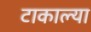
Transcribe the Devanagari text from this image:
टाकाल्या